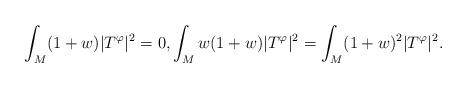
LaTeX: \begin{align*}\int_M (1+w)|T^\varphi|^2 = 0, \int_M w(1+w)|T^\varphi|^2 = \int_M (1+w)^2|T^\varphi|^2.\end{align*}